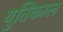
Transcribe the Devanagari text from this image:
युतिकाल